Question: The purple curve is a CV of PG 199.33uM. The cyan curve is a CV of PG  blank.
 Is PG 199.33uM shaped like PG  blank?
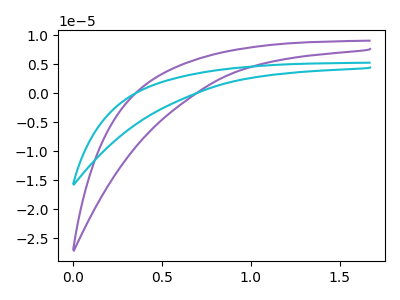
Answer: <think>The purple curve "PG 199.33uM" has no peaks. The cyan curve "PG  blank" has no peaks.
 Neither "PG 199.33uM" or "PG  blank" have any peaks.</think>
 <answer>"PG 199.33uM" and "PG  blank" are similar in shape.</answer>
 <eval>same_shape</eval>